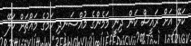
ކަލޭ އަށް ރައީސް ކަން ދިނީ މަމެންގެ މުއްސަނދި ކަމުގެ މައްޗަށް ކަލޭ